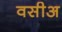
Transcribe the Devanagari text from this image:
वसीअ